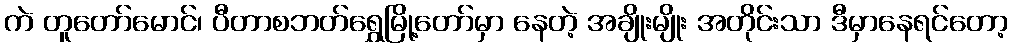
ကဲ တူတော်မောင်၊ ပီတာစဘတ်ရွှေမြို့တော်မှာ နေတဲ့ အချိုးမျိုး အတိုင်းသာ ဒီမှာနေရင်တော့